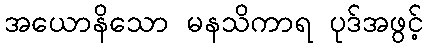
အယောနိသော မနသိကာရ ပုဒ်အဖွင့်